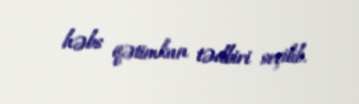
həbs qətimkan tədbiri seçilib.